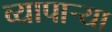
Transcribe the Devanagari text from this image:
व्यापाऱ्या